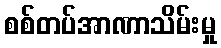
စစ်တပ်အာဏာသိမ်းမှု